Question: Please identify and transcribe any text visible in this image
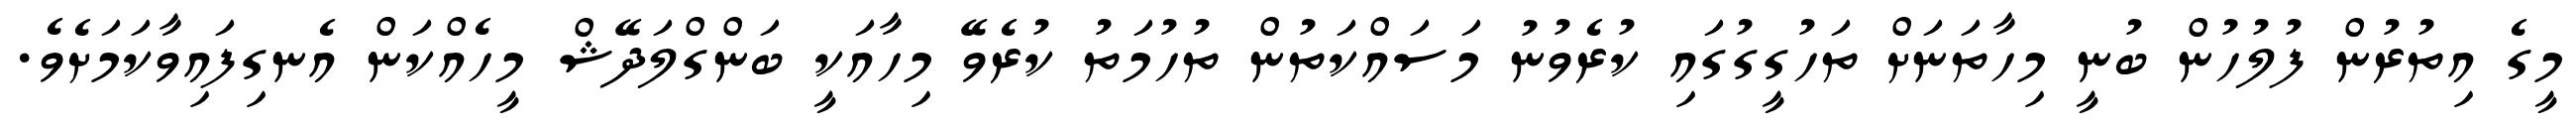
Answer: މީގެ އިތުރުން ފުލުހުން ބުނީ މިހާތަނަށް ތަހުގީގުގައި ކުރެވުނު މަސައްކަތުން ތުހުމަތު ކުރެވޭ މިހާއަކީ ބަންގްލަދޭޝް މީހެއްކަން އެނގިފައިވާކަމަށެވެ.